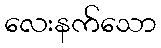
လေးနက်သော